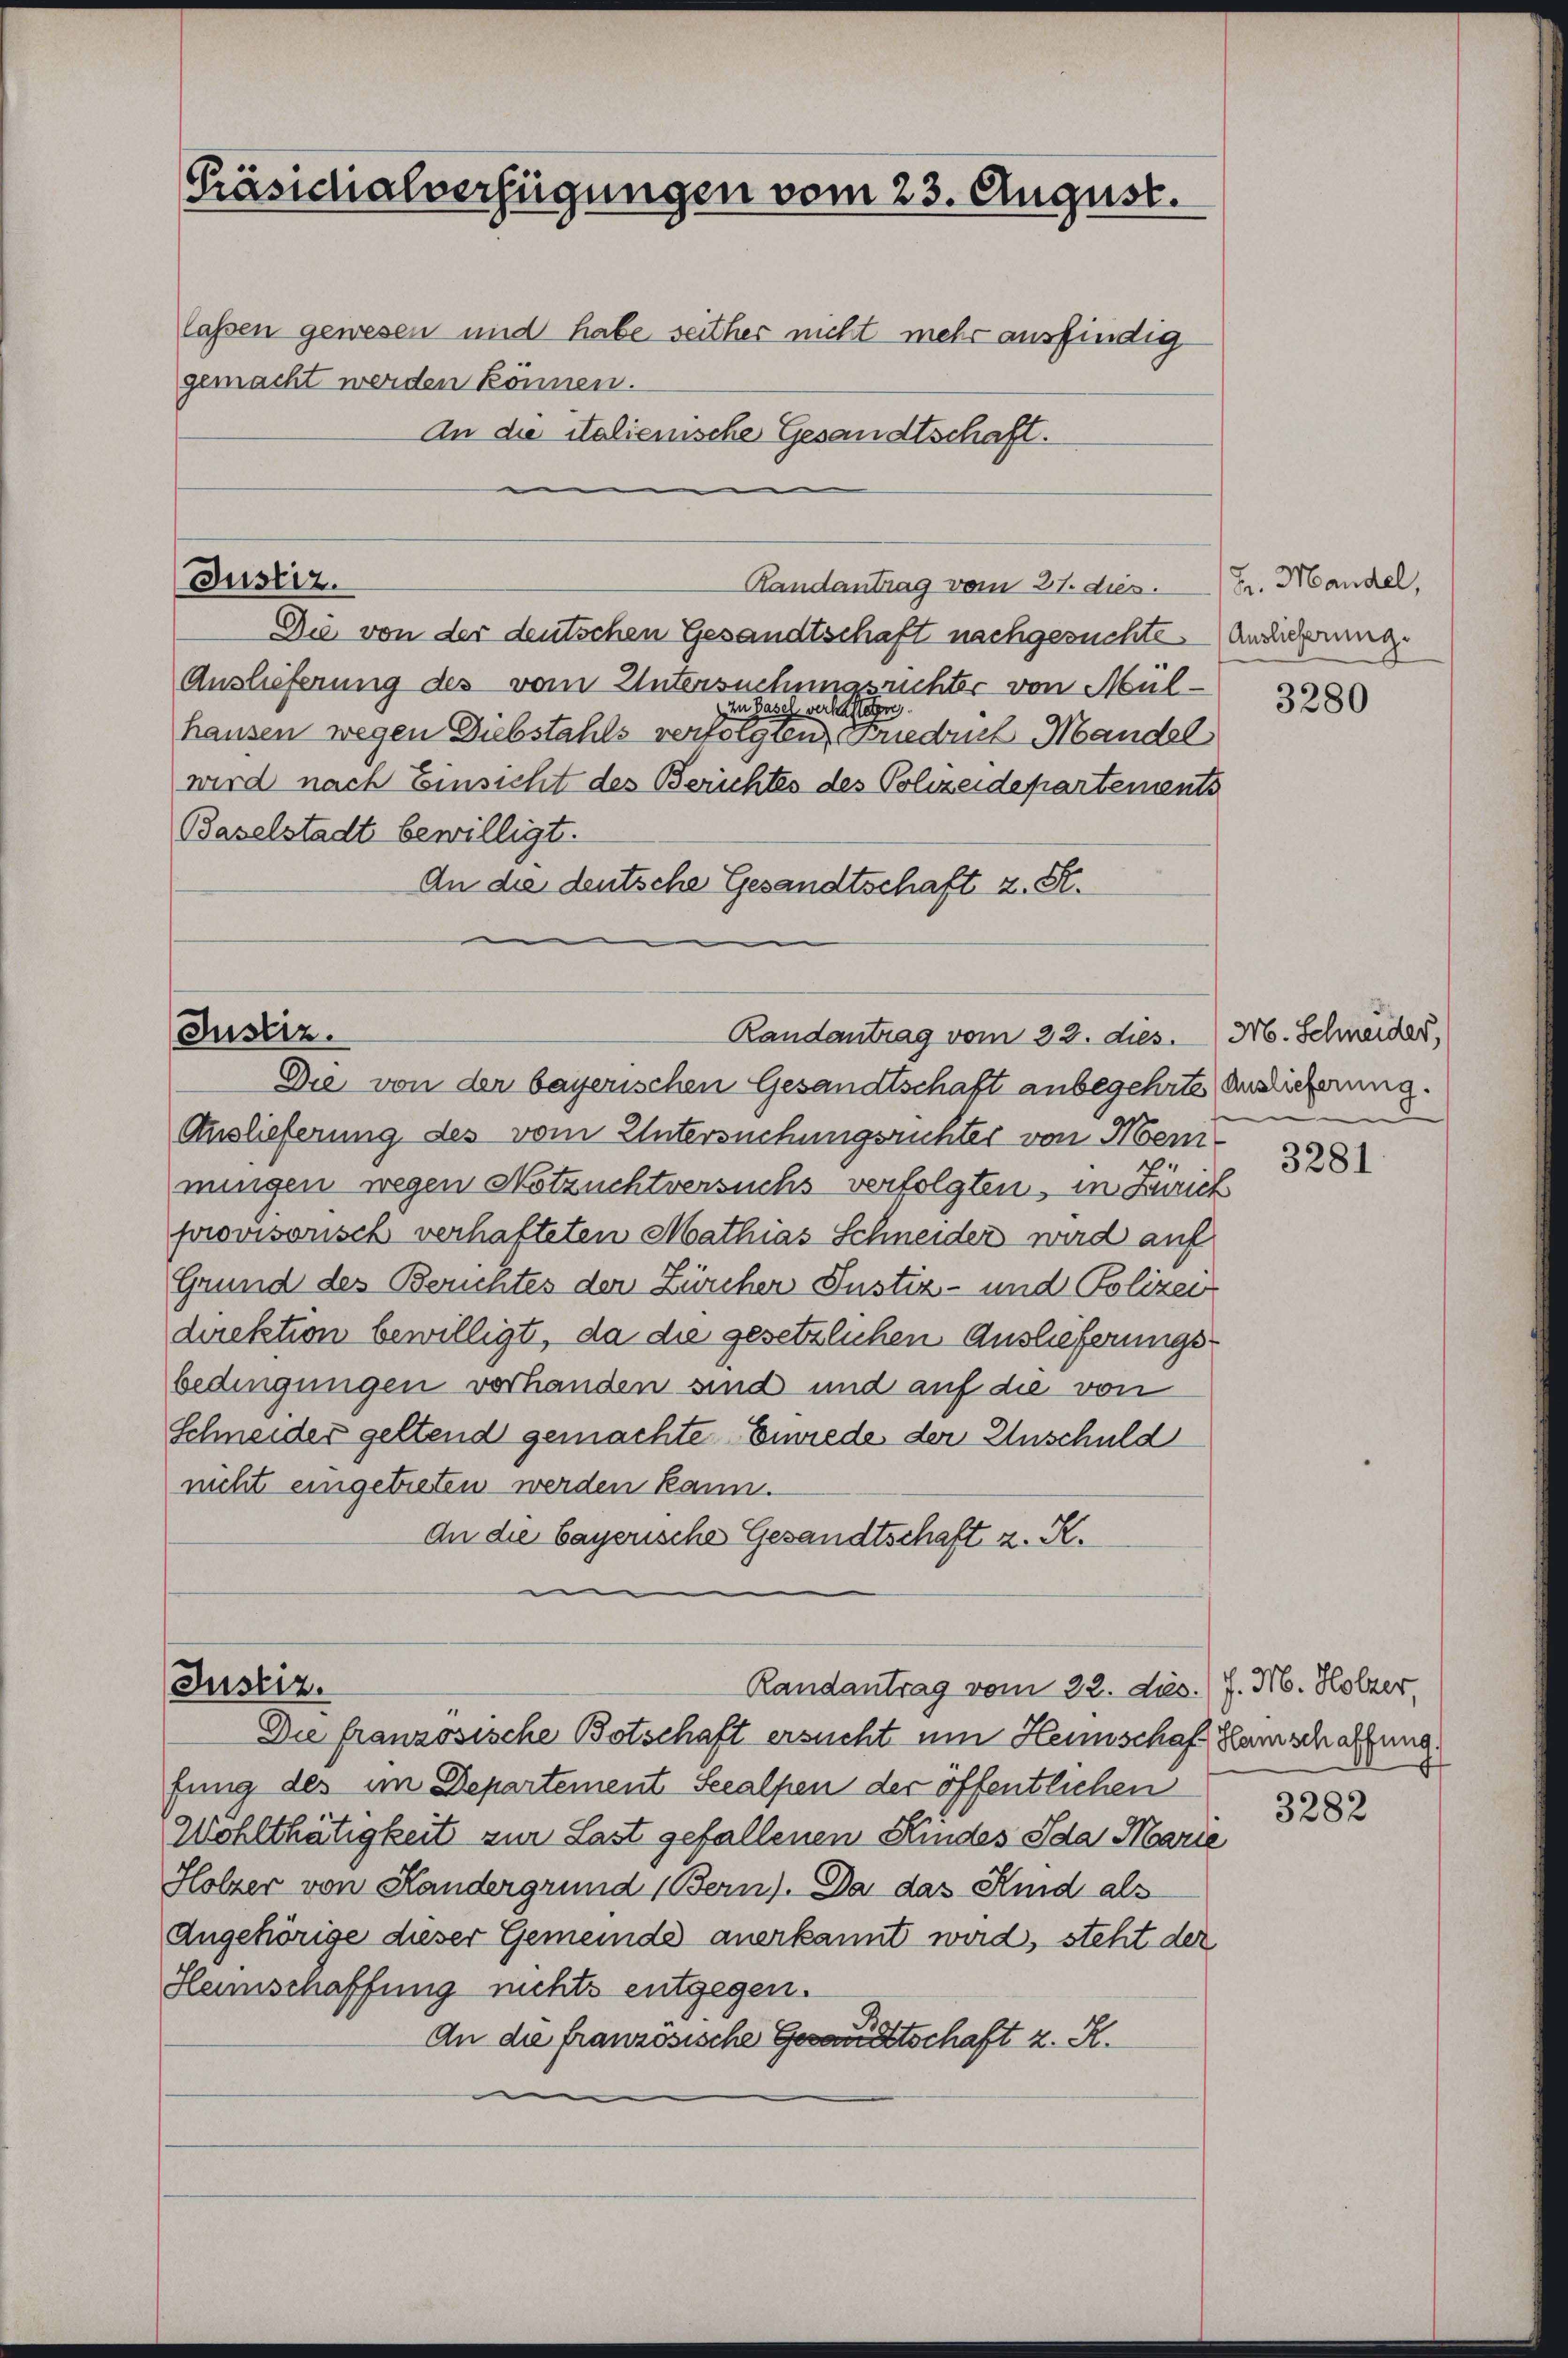
Präsidialverfügungen vom 23. August.
lassen gewesen und habe seither nicht mehr ausfindiggemacht werden können.
An die italienische Gesandtschaft.

Justiz.

Justiz.

Randantrag vom 21. dies.
Die von der deutschen Gesandtschaft nachgesuchte Ansicherung
Auslieferung des vom Untersuchungsrichter von Mülin Basel verhafteten
hausen wegen Diebstahls verfolgten Friedrich Mandel
wird nach Einsicht des Berichtes des Polizeidepartements
Baselstadt bewilligt.
An die deutsche Gesandtschaft z. St.

Die von der bayerischen Gesandtschaft anbegehrte Auslieferung.
Auslieferung des vom Untersuchungsrichter von Meimungen wegen Notzuchtversuchs verfolgten, in Zürich
provisorisch verhafteten Mathias Schneider wird auf
Grund des Berichtes der Zürcher Justiz- und Polizei
direktion bewilligt, da die gesetzlichen Auslieferungsbedingungen vorhanden sind und auf die von
Schneider geltend gemachte Erwiede der Einschuld
nicht eingetreten werden kann.
An die bayerische Gesandtschaft z. R.

Randantrag vom 22. dies. M. Schneider,

Justiz.
Randantrag vom 22. ds. J. M. Holzer,
Die französische Botschaft ersucht um Heinschaft Hamschaffung.

fung des im Departement Seealpen der öffentlichen
Wohlthätigkeit zur Last gefallenen Kindes Ida Marie
Holzer von Kandergrund Bern). Da das Kind als
Angehörige dieser Gemeinde anerkannt wird, steht der
Heimschaffung nichts entgegen.
An die französische Gesandtschaft z. R.

Fr. Mandel,

3280

e

3281

4

3282